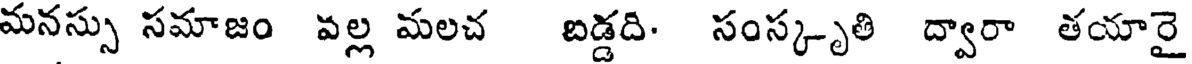
మనస్సు సమాజం వల్ల మలచ బడ్డది. సంస్కృతి ద్వారా తయారై